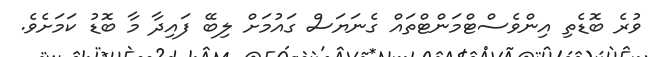
ވުރެ ބޮޑެތި އިންވެސްޓްމަންޓްތައް ގެނަޔަސް ގައުމަށް ލިބޭ ފައިދާ މާ ބޮޑު ކަމަށެވެ.